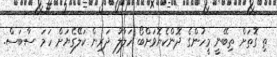
ތި ގޮތަށް ތިބޭނީ މީހުންގެ ދޮންކެޔޮވަށްބޯ ހަލާލު ދަރިން ކަލޭގެޔަށް ހަމަ ސާބަސް.